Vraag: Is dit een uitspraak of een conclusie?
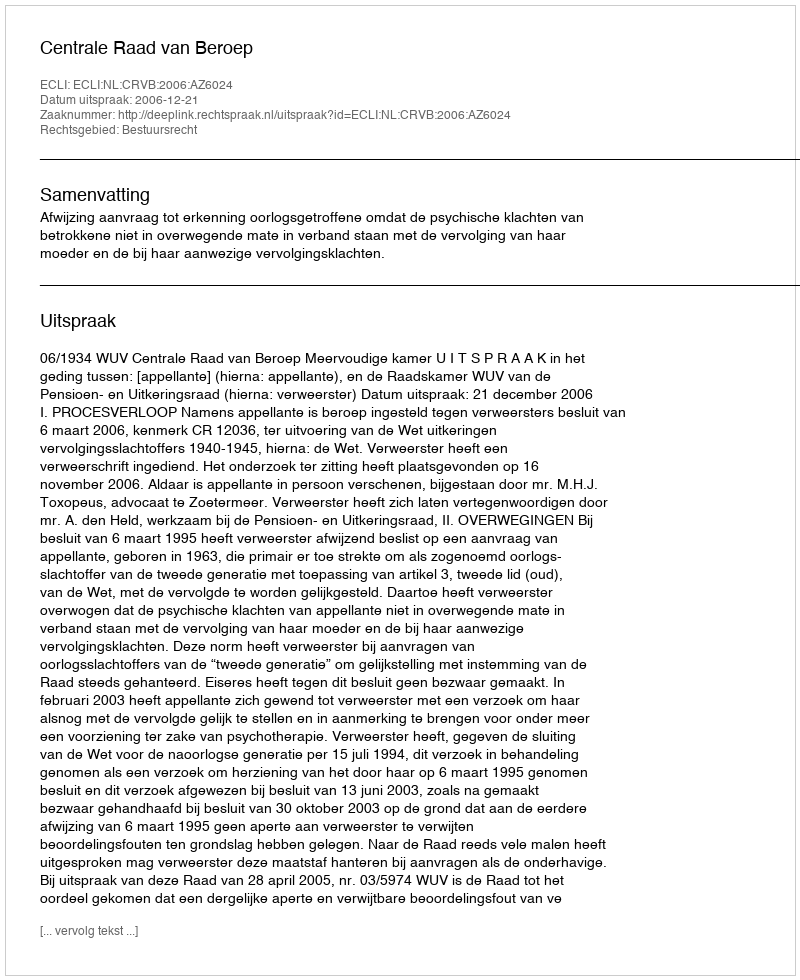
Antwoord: Uitspraak